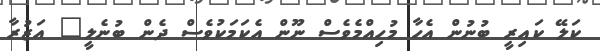
ކަލޭ ކައިރީ ބުނުން އެހާ މުހިއްމެވެސް ނޫން އެކަމަކުވެސް ދެން ބުނެލީ" އަޒުރާ